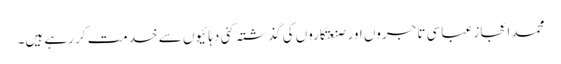
محمد اعجاز عباسی تاجروں اور صنعتکاروں کی گذشتہ کئی دہائیوں سے خدمت کر رہے ہیں۔